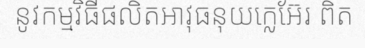
នូវកម្មវិធីផលិតអាវុធនុយក្លេអ៊ែរ ពិត